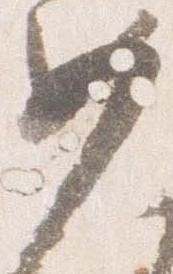
女